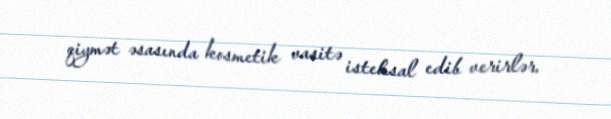
qiymət əsasında kosmetik vasitə istehsal edib verirlər.